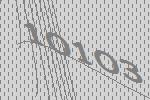
10103